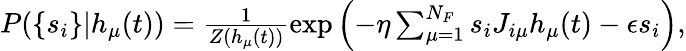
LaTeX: \begin{array}{r}{P(\{ s_{i}\} |h_{\mu}(t))=\frac{1}{Z(h_{\mu}(t))}\exp\left(-\eta\sum_{\mu=1}^{N_{F}}s_{i}J_{i\mu}h_{\mu}(t)-\epsilon s_{i}\right),}\end{array}